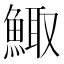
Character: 鯫